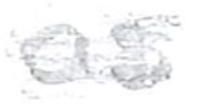
Text: as
Cross-out: scratch
Writing tool: pencil